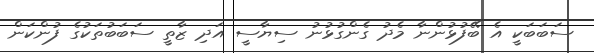
ސަބަބަކީ އެ ބޭފުޅުންނާ މެދު ގެންގުޅުނު ސިޔާސީ އަދި ޒާތީ ސަބަބުތަކުގެ ފުންކަން